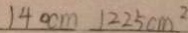
1 4 0 c m 1 2 2 5 c m ^ { 2 }